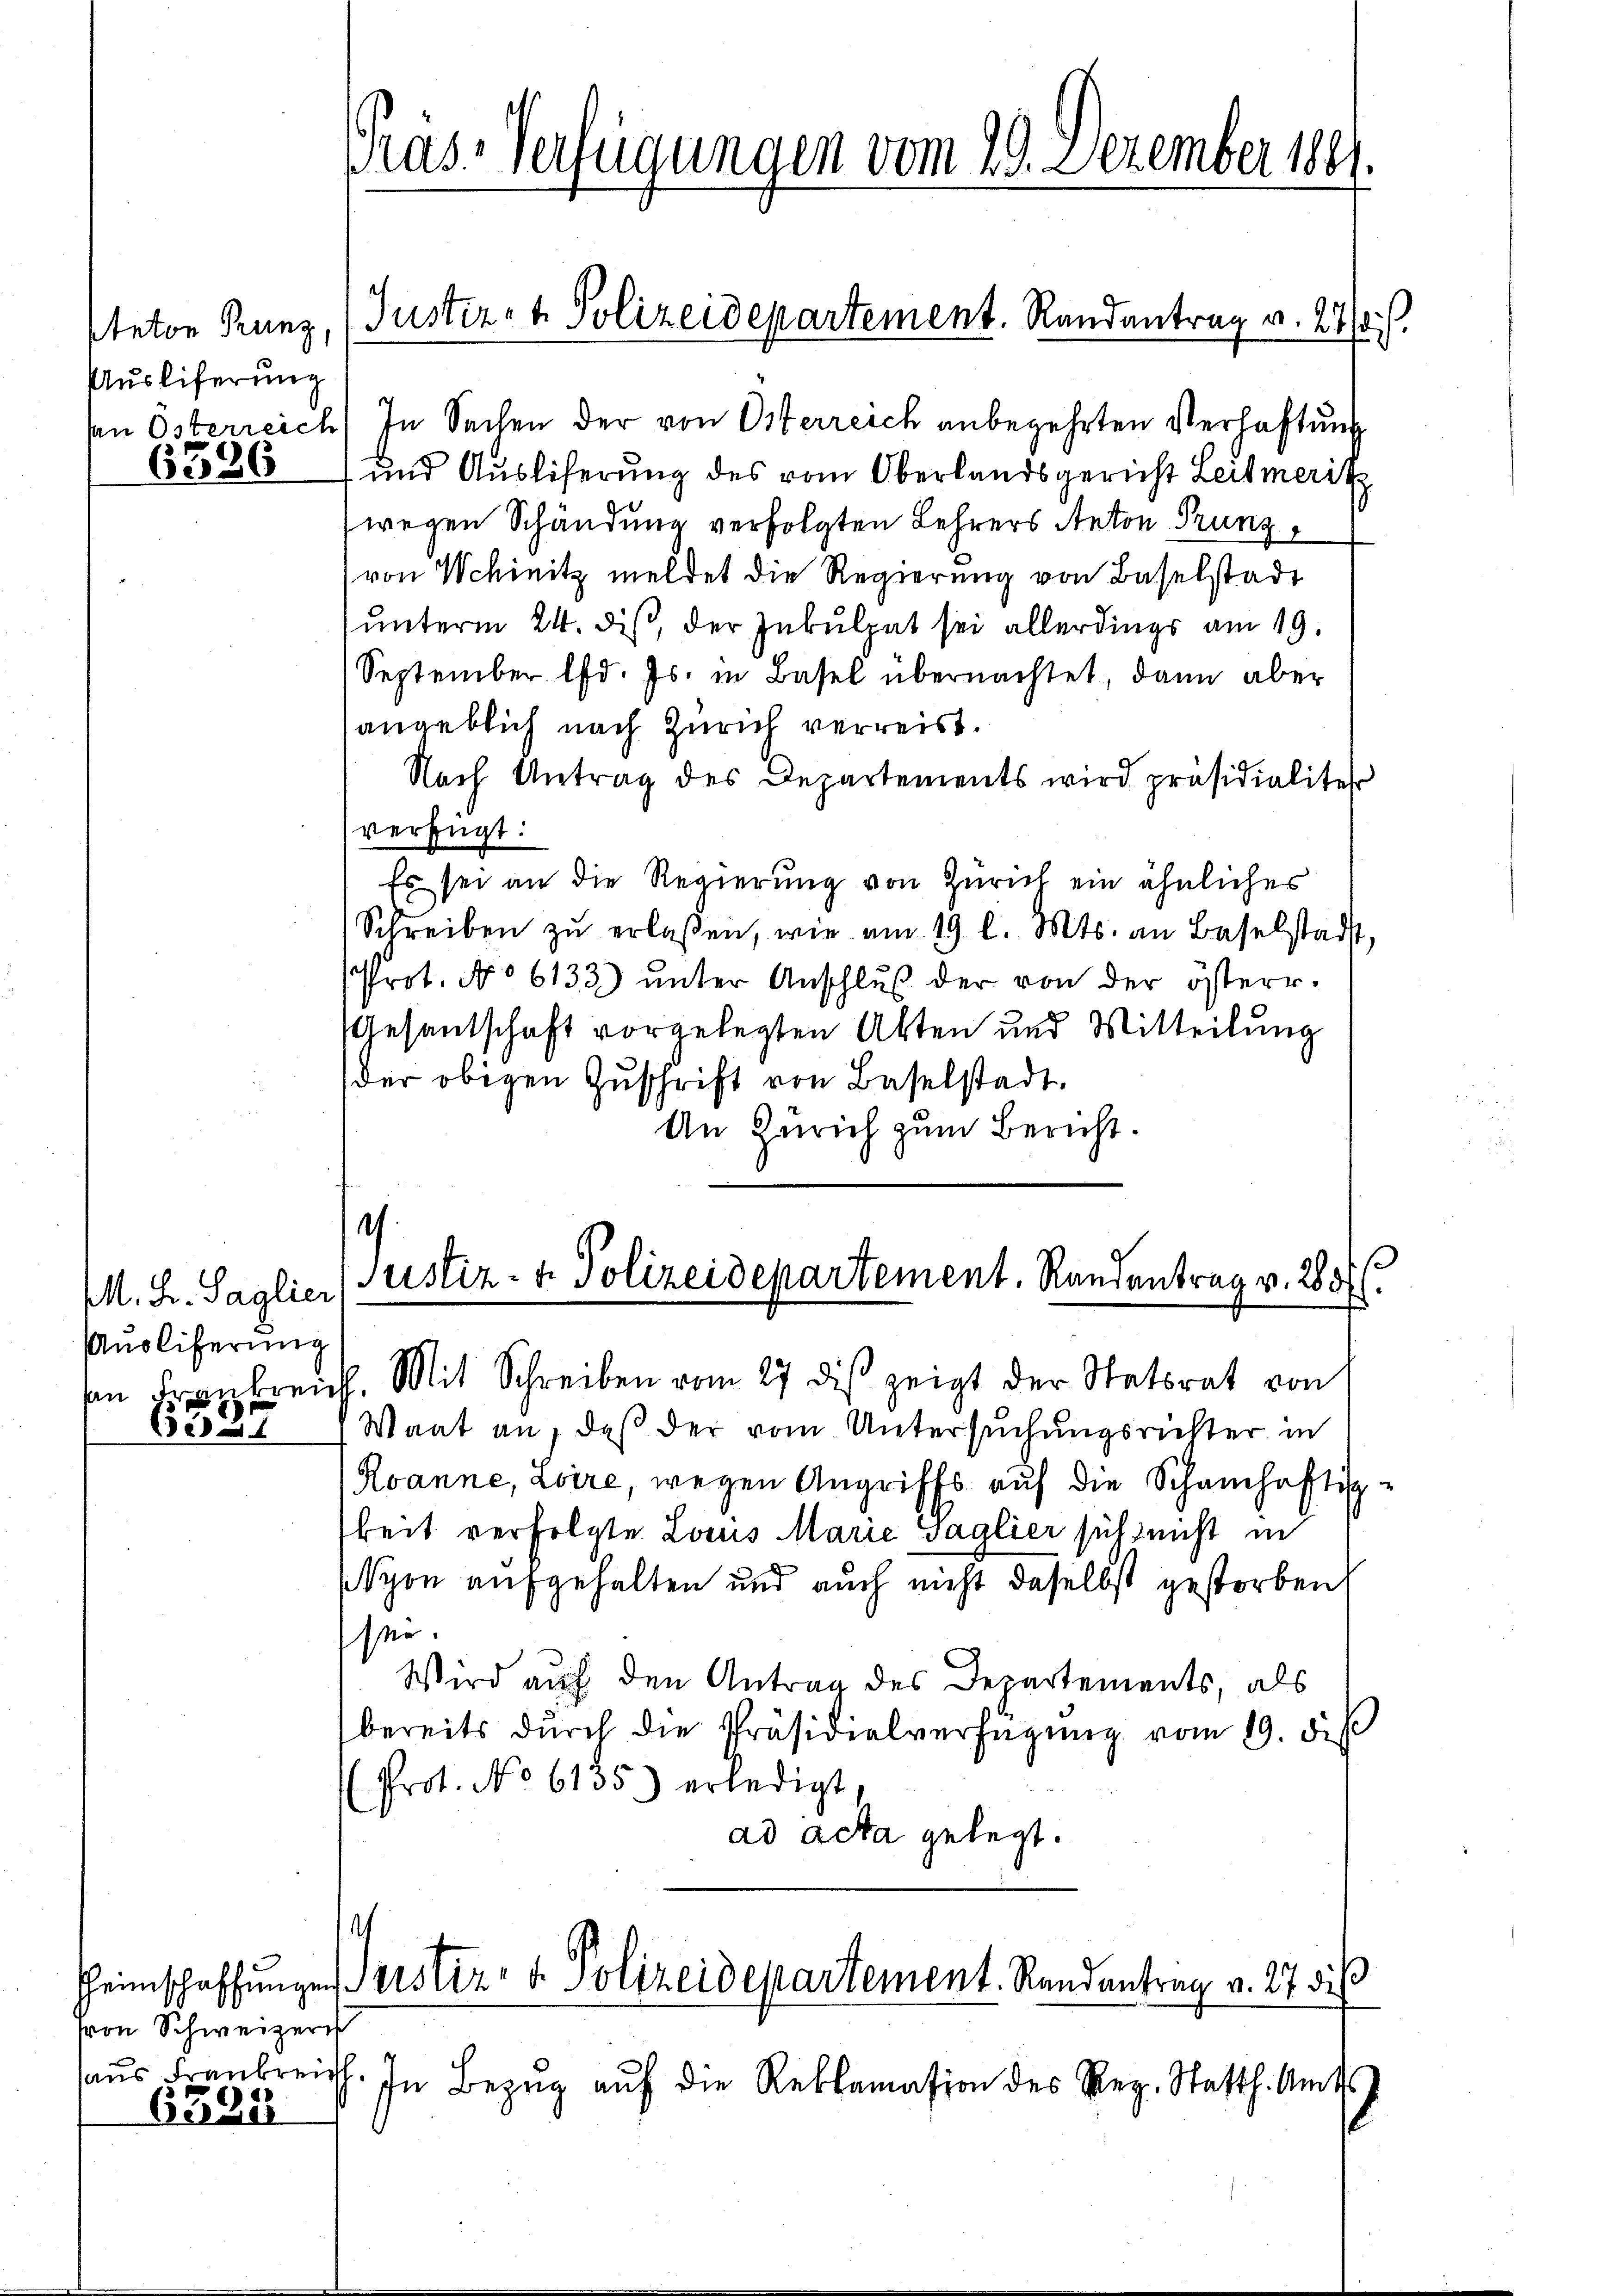
Anton Trunz
Auslieferung

6326

M. Hr. Saglier
Anoliferung
an Frankrei

Bede

von Schweizeris
haus Frankreich

6324

Pras-Verfügungen vom 29. Dezember 1881.

Juster- & Polizeidepartement. Randantrag v. 24.

n Österreich) In Sachen der von Osterreich anbegehrten Verhaftung
und Auslieferung des vom Oberlandsgericht Leitmerik
(wegen Schändung verfolgten Lehrers Anton Trung,
von Schinitz meldet die Regierung von Baselstadt
unterm 24. diß, der Inkulpat sei allerdings am 19.
September lfd. Js. in Basel übernachtet, dann aber
angeblich nach Zürich verreist.
Nach Antrag des Departements wird präsidialiter
verfügt:
Es sei an die Regierung von Zürich ein ähnliches
Schreiben zu erlaßen, wie am 19 l. Mts. an Baselstadt,
Prot. No 6133) ŭnter Anschlŭβ der von der österr.
Gesantschaft vorgelegten Akten und Mitteilung
der obigen Zuschrift von Baselstadt.
An Zürich zum Bericht.

¬
1
Justiz- & Polizeidepartement. Randantrag v. 285.

. Mit Schreiben vom 27 des zeigt der Statsrat von
Waat an, daß der vom Untersuchungsrichter in
Roanne, Loire, wegen Angriffs auf die Schamhaftig
keit verfolgte Louis Marie Gaglier sitz nicht in
(Nyon aufgehalten und auch nicht daselbst gestorben
sei.
Wird auf den Antrag des Departements, als
bereits dŭrch die Präsidialverfügŭng vom 19. diβ
Prot. No 6135) erledigt,
ad acta gelegt.
.
Heimschaffungen Fristiz- & Polizeidepartement. Randantrag v. 27 di
In Bezug auf die Reklamation des Rez. Statth. Amts